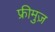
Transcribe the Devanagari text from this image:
फ्रीमुज़